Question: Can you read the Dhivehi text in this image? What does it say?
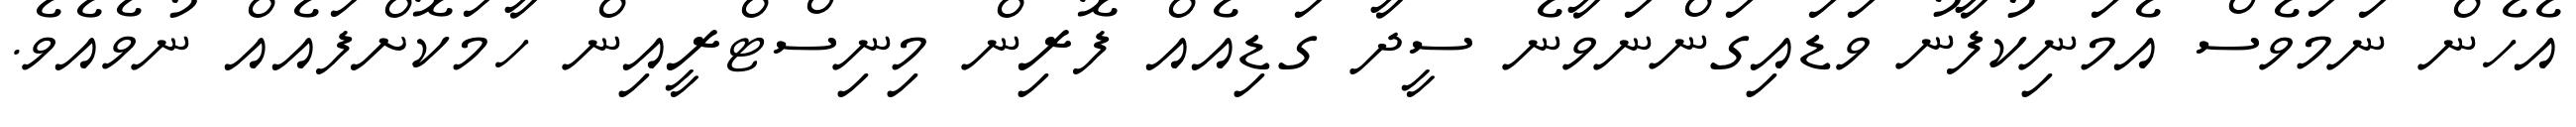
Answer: އެހެން ނަމަވެސް އެމަނިކުފާނު ވަޑައިގަންނަވާނެ ސީދާ ގަޑިއެއް ފޮރިން މިނިސްޓްރީއިން ހާމަކޮށްފައެއް ނުވެއެވެ.